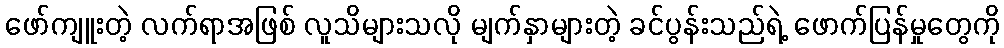
ဖော်ကျူးတဲ့ လက်ရာအဖြစ် လူသိများသလို မျက်နှာများတဲ့ ခင်ပွန်းသည်ရဲ့ ဖောက်ပြန်မှုတွေကို